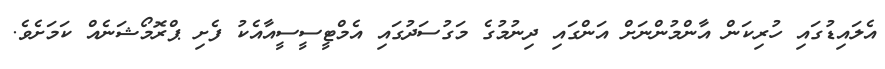
އެލައިޑުގައި ހުރިކަން އާންމުންނަށް އަންގައި ދިނުމުގެ މަގުސަދުގައި އެމްޓީސީސީއާއެކު ފެށި ޕްރޮމޯޝަނެއް ކަމަށެވެ.